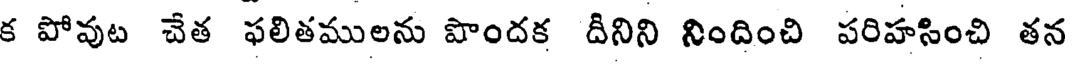
క పోవుట చేత ఫలితములను పొందక దీనిని నిందించి పరిహసించి తన